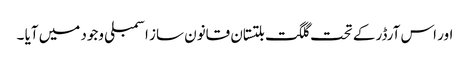
اور اس آرڈر کے تحت گلگت بلتستان قانون ساز اسمبلی وجود میں آیا ۔